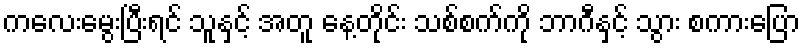
ကလေးမွေးပြီးရင် သူနှင့် အတူ နေ့တိုင်း သစ်စက်ကို ဘာဂီနှင့် သွား စကားပြော